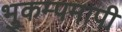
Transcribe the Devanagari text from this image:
भुकम्पमापी